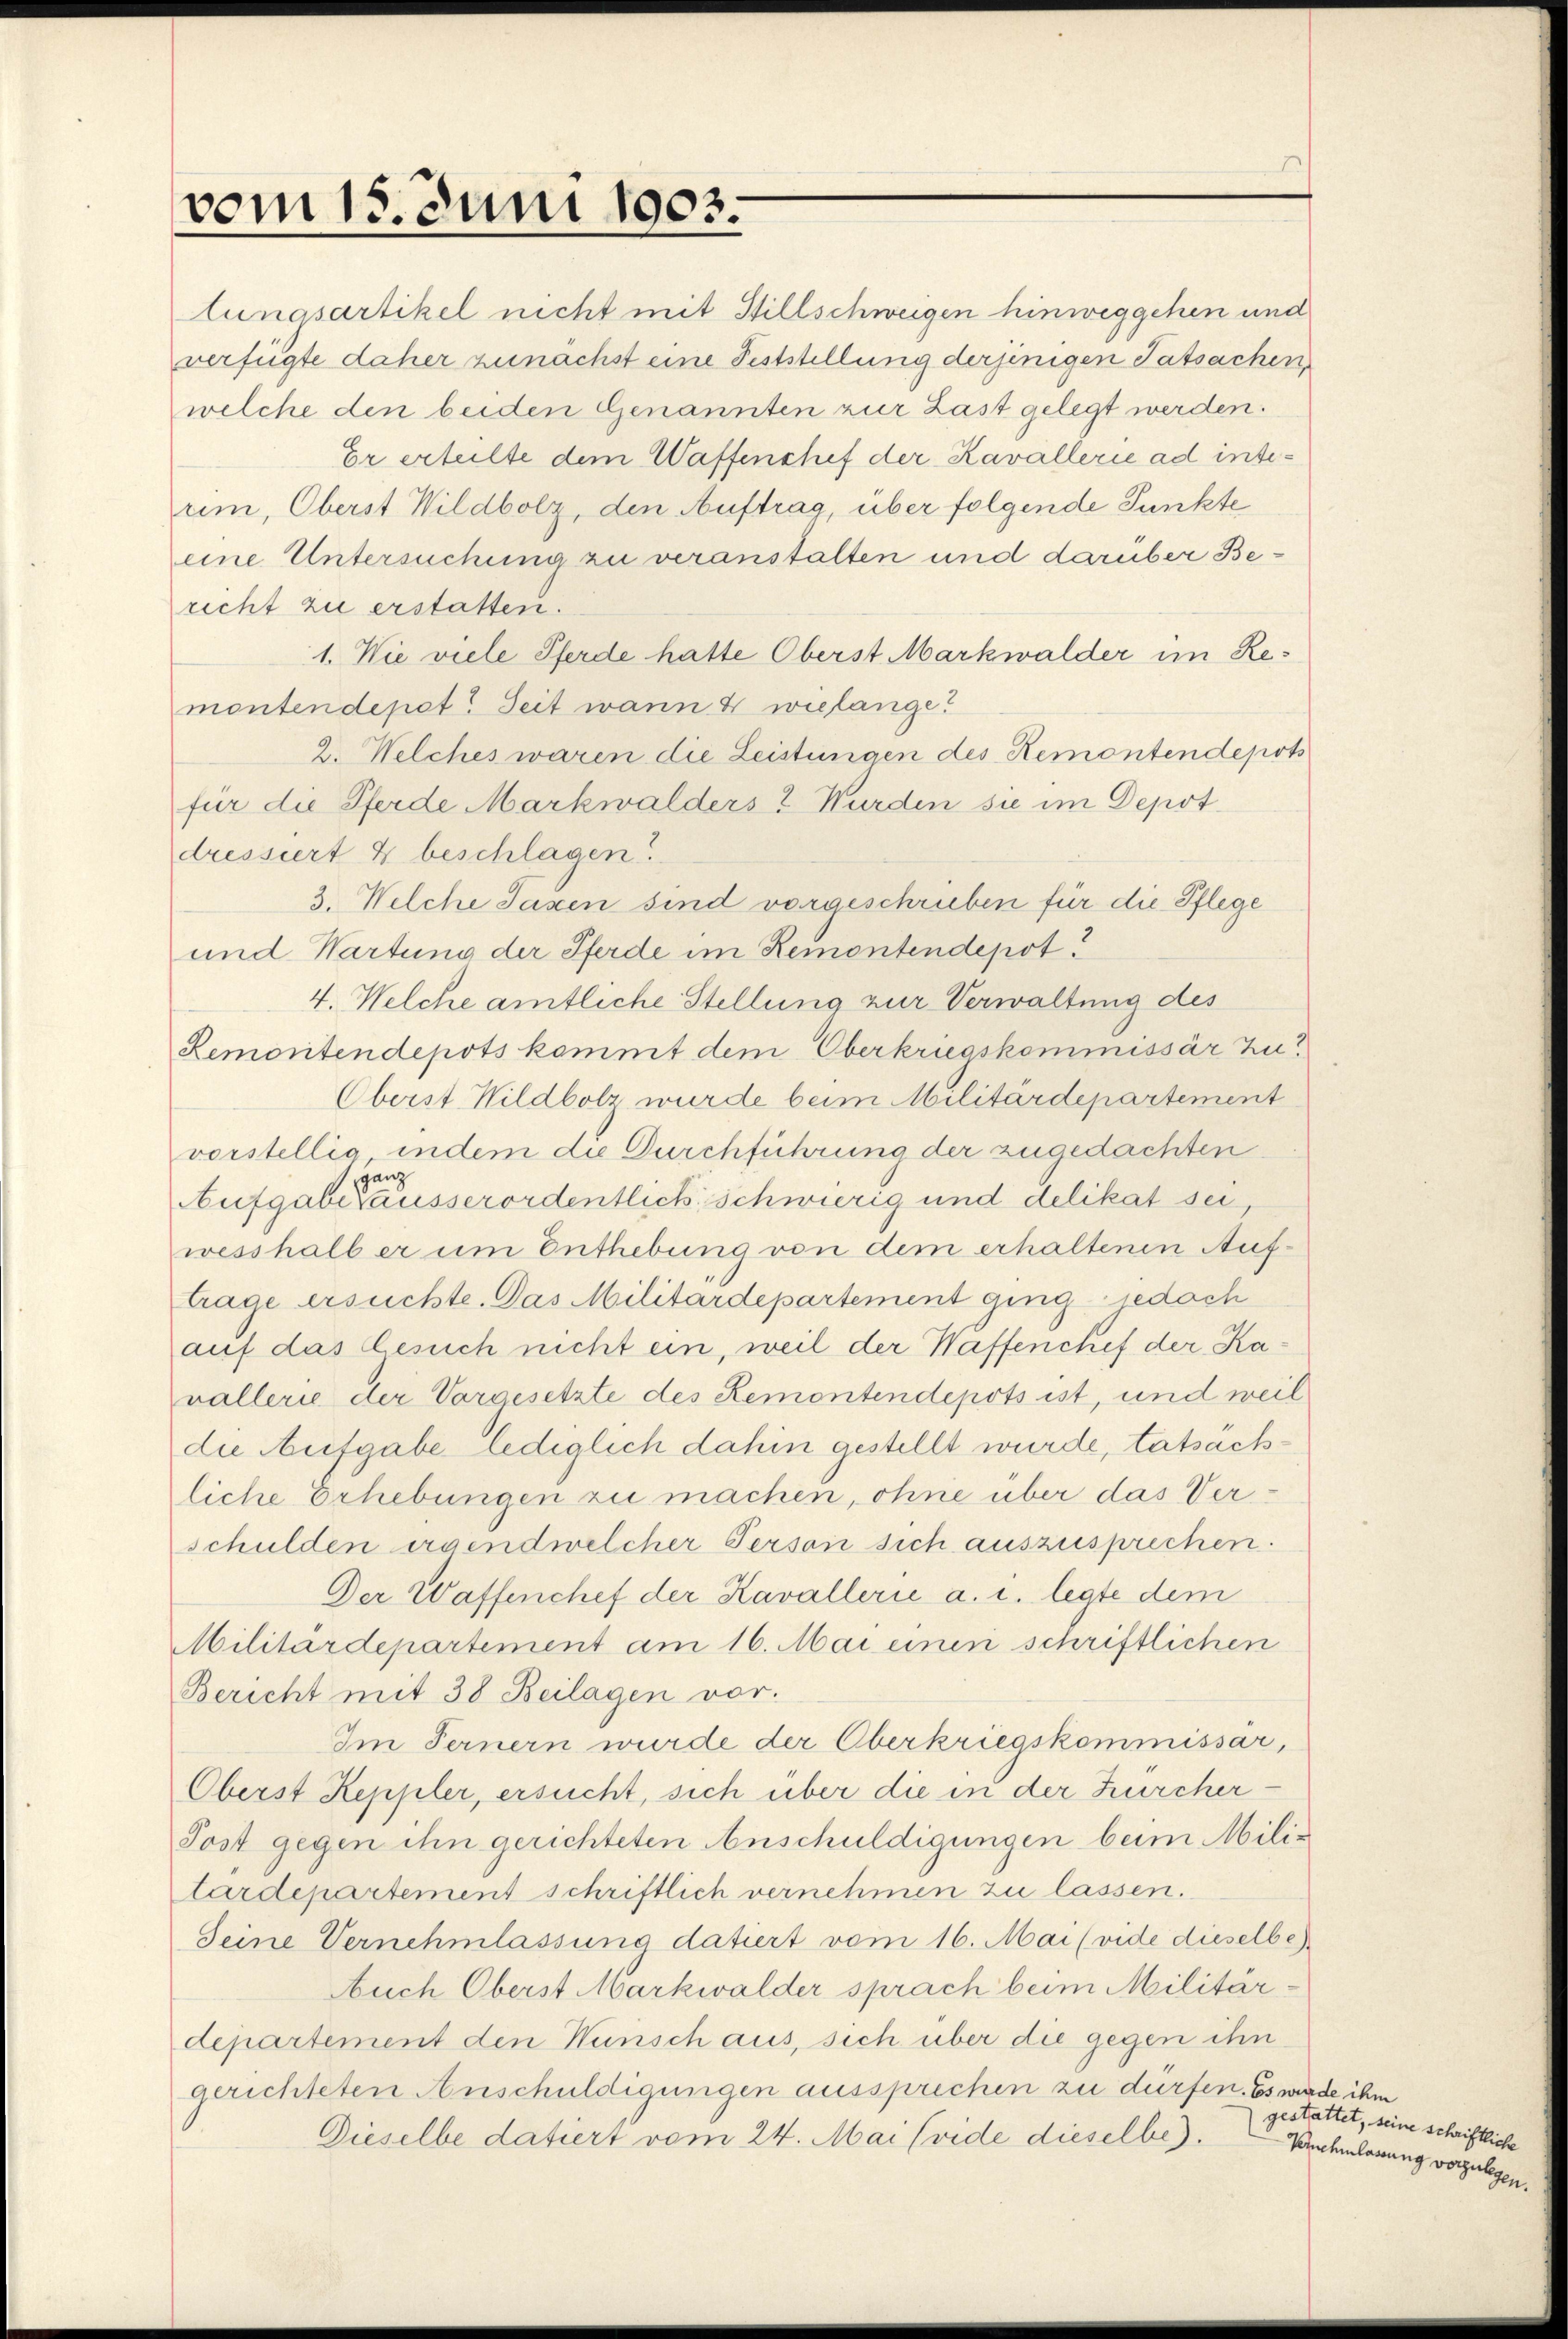
vom 15. Juni 1903.

lungsartikel nicht mit Stillschweigen hinweggehen und
verfügte daher zunächst eine Feststellung derjenigen Tatsachen,
welche den beiden Genannten zur Last gelegt werden.
Er ertelte dem Waffenshef der Kavallerie ad interim, Oberst Wildbolz, den Auftrag, über folgende Punkte
eine Untersuchung zu veranstalten und darüber Berecht zu erstatten.
1. Wie viele Pferde hatte Oberst Markwalder im Remontendepet? Seit wann & wielange?
2. Welches waren die Leistungen des Remontendepots
für die Pferde Markwalders ? Wurden sie im Depotdressiert & beschlagen.
3. Welche Taxen sind vorgeschrieben für die Pflege
und Wartung der Pferde im Remontendepot!
4. Welche amtliche Stellung zur Verwaltung des
Remontendepots kommt dem Oberkriegskommissär zu!
Oberst Wildbolz wurde beim Militärdepartement
vorstellig, indem die Durchführung der zugedachten
ganz
Aufgabe ausserordentlich schwierig und delikat sei,
wesshalb er um Enthebung von dem erhaltenen Auftrage ersuchte. Das Militärdepartement ging jedoch
auf das Gesuch nicht ein, weil der Waffenchef der Kavallerie der Vorgesetzte des Remontendepots ist, und weil
die Aufgabe lediglich dahin gestellt wurde, tatsachliche Erhebungen zu machen, ohne über das Verschulden irgendwelcher Person sich auszusprechen.
Der Waffenchef der Kavallerie a. i. legte dem
Militärdepartement am 16. Mai einen schriftlichen
Bericht mit 38 Beilagen vor.
Im Fernern wurde der Oberkriegskommissar,
Oberst Keppler, ersucht, sich über die in der Zürcher¬
Post gegen ihn gerichteten Anschuldigungen beim Militärdepartement schriftlich vernehmen zu lassen.
Seine Vernehmlassung datiert vom 16. Mai (vide dieselbe
Auch Oberst Markwalder sprach beim Militärdepartement den Wunsch aus, sich über die gegen ihn
gerichteten Anschuldigungen aussprechen zu dürfen. Es wurde ihm
Dieselbe datiert vom 24. Mai (vide dieselbe).

gestattet, seine schriftl.
Vornehmlassung vorzulegen.